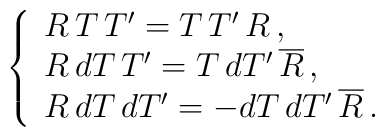
\left\{ \begin{array}{l}R\,T\,T'=T\,T'\,R\,, \\R\,dT\,T'=T\,dT'\,\overline{R}\,, \\R\,dT\,dT'=-dT\,dT'\,\overline{R}\,.\end{array} \right.